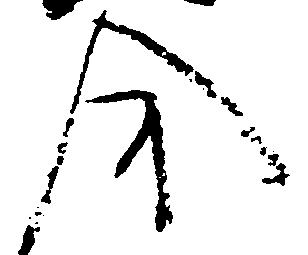
今